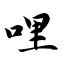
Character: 哩